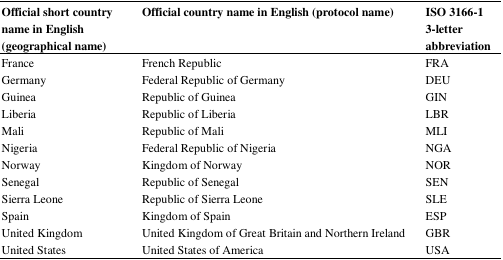
<table><thead><tr><td><b>Official short country name in English (geographical name)</b></td><td><b>Official country name in English (protocol name)</b></td><td><b>ISO 3166-1 3-letter abbreviation</b></td></tr></thead><tbody><tr><td>France</td><td>French Republic</td><td>FRA</td></tr><tr><td>Germany</td><td>Federal Republic of Germany</td><td>DEU</td></tr><tr><td>Guinea</td><td>Republic of Guinea</td><td>GIN</td></tr><tr><td>LiberiaMaliNigeria</td><td>Republic of LiberiaRepublic of MaliFederal Republic of Nigeria</td><td>LBRMLINGA</td></tr><tr><td>NorwaySenegal</td><td>Kingdom of NorwayRepublic of Senegal</td><td>NORSEN</td></tr><tr><td>Sierra Leone</td><td>Republic of Sierra Leone</td><td>SLE</td></tr><tr><td>Spain</td><td>Kingdom of Spain</td><td>ESP</td></tr><tr><td>United Kingdom</td><td>United Kingdom of Great Britain and Northern Ireland</td><td>GBR</td></tr><tr><td>United States</td><td>United States of America</td><td>USA</td></tr></tbody></table>